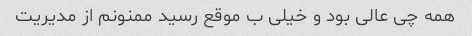
همه چی عالی بود و خیلی ب موقع رسید ممنونم از مدیریت